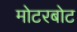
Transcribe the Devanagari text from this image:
मोटरबोट